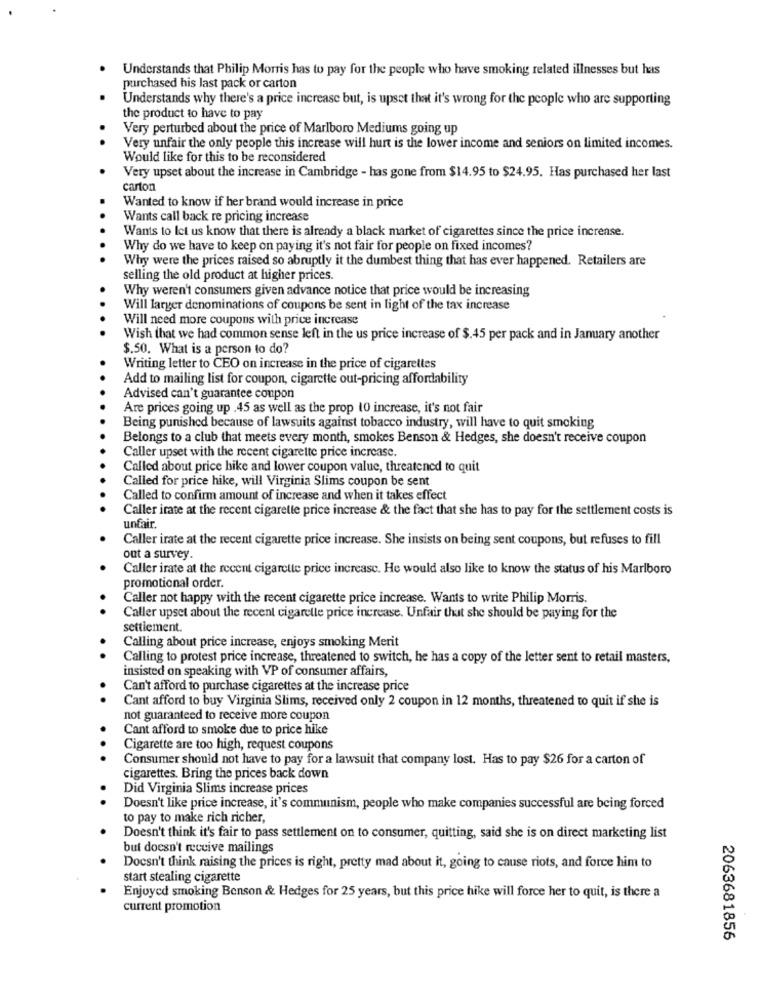
Understands that Philip Morris has to pay for the people who have smoking related illnesses but has
purchased his last pack or carton
Understands why there's a price increase but, is upset that it's wrong for the people who are supporting
the product to have to pay
Very perturbed about the price of Marlboro Mediums going up
Very unfair the only people this increase will hurt is the lower income and seniors on limited incomes.
Would like for this to be reconsidered
Very upset about the increase in Cambridge - has gone from $14.95 to $24.95. Has purchased her last
carton
Wanted to know if her brand would increase in price
Wants call back re pricing increase
Wants to let us know that there is already a black market of cigarettes since the price increase.
Why do we have to keep on paying it's not fair for people on fixed incomes?
Why were the prices raised so abruptly it the dumbest thing that has ever happened. Retailers are
selling the old product at higher prices.
Why weren't consumers given advance notice that price would be increasing
Will larger denominations of coupons be sent in light of the tax increase
Will need more coupons with price increase
Wish that we had common sense left in the us price increase of $.45 per pack and in January another
$.50. What is a person to do?
Writing letter to CEO on increase in the price of cigarelles
Add to mailing list for coupon, cigarette out-pricing affordability
Advised can't guarantee coupon
Are prices going up .45 as well as the prop 10 increase, it's not fair
Being punished because of lawsuits against tobacco industry, will have to quit smoking
Belongs to a club that meets every month, smokes Benson & Hedges, she doesn't receive coupon
Caller upset with the recent cigarette price increase.
Called about price hike and lower coupon value, threatened to quit
Called for price hike, will Virginia Slims coupon be sent
Called to confirm amount of increase and when it takes effect
Caller irate at the recent cigarette price increase & the fact that she has to pay for the settlement costs is
unfair.
Caller irate at the recent cigarette price increase. She insists on being sent coupons, but refuses to fill
out a survey.
Caller irate at the recent cigarette price increase. He would also like to know the status of his Marlboro
promotional order.
Caller not happy with the recent cigarette price increase. Wants to write Philip Morris.
Caller upset about the recent cigarelle price increase. Unfair that she should be paying for the
settlement.
Calling about price increase, enjoys smoking Merit
Calling to protest price increase, threatened to switch, he has a copy of the letter sent to retail masters,
insisted on speaking with VP of consumer affairs,
Can't afford to purchase cigarettes at the increase price
Cant afford to buy Virginia Slims, received only 2 coupon in 12 months, threatened to quit if she is
not guaranteed to receive more coupon
Cant afford to smoke due to price hike
Cigarette are too high, request coupons
Consumer should not have to pay for a lawsuit that company lost. Has to pay $26 for a carton of
cigarettes. Bring the prices back down
Did Virginia Slims increase prices
Doesn't like price increase, it's communism, people who make companies successful are being forced
to pay to make rich richer,
Doesn't think it's fair to pass settlement on to consumer, quitting, said she is on direct marketing list
but doesn't receive mailings
Doesn't think raising the prices is right, pretty mad about it, going to cause riots, and force him to
start stealing cigarette
Enjoyed smoking Benson & Hedges for 25 years, but this price hike will force her to quit, is there a
current promotion
2063681856